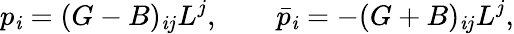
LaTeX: p_{\mathit{i}}=(G-B)_{\mathit{i}j}L^{j},\qquad\bar{{p}}_{\mathit{i}}=-(G+B)_{\mathit{i}j}L^{j},